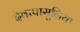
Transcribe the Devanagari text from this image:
देवापासूनिया